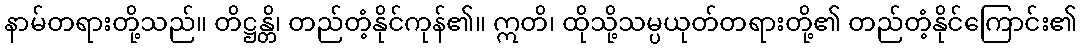
နာမ်တရားတို့သည်။ တိဋ္ဌန္တိ၊ တည်တံ့နိုင်ကုန်၏။ ဣတိ၊ ထိုသို့သမ္ပယုတ်တရားတို့၏ တည်တံ့နိုင်ကြောင်း၏